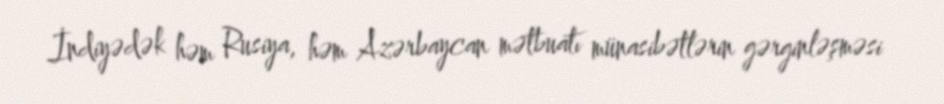
İndiyədək həm Rusiya, həm Azərbaycan mətbuatı münasibətlərin gərginləşməsi